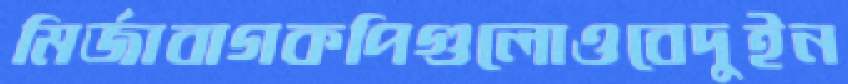
মির্জাবাগকপিগুলোওবেদুইন